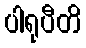
ပါရုပီတိ